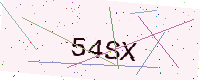
Text: 54SX